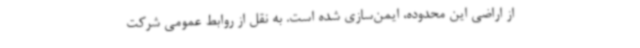
از اراضی این محدوده، ایمن‌سازی شده است. به نقل از روابط عمومی شرکت